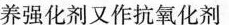
养强化剂又作抗氧化剂